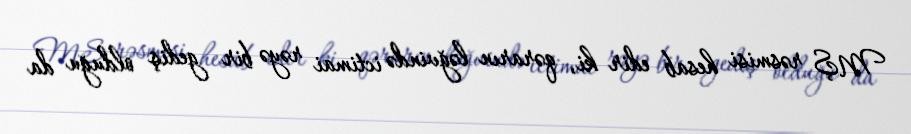
MŞ rəsmisi hesab edir ki, qərarın ləğvində ictimai rəyə bir gediş olduğu da